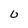
Character: 0